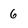
Character: 6